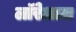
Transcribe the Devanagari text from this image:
लॉरेआल